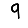
Digit: 9